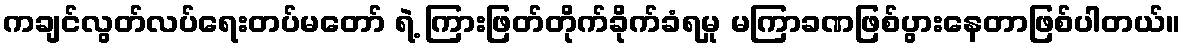
ကချင်လွတ်လပ်ရေးတပ်မတော် ရဲ့ ကြားဖြတ်တိုက်ခိုက်ခံရမှု မကြာခဏဖြစ်ပွားနေတာဖြစ်ပါတယ်။